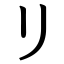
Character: リ